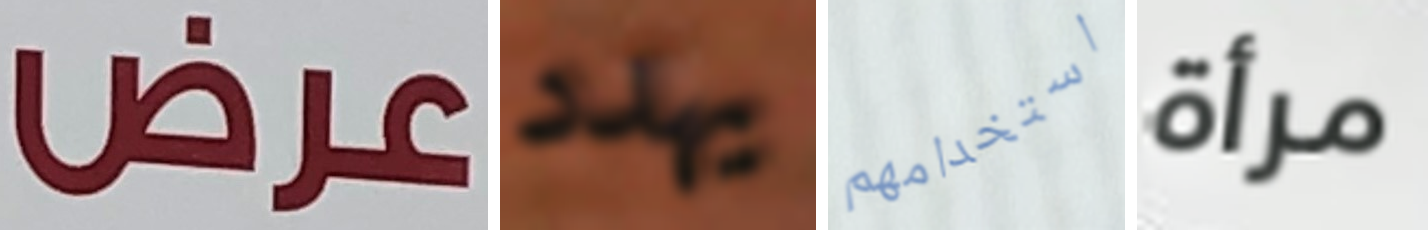
عرض يهدد استخدامهم مرأة